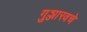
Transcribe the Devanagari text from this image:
गुञ्जारवचे